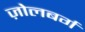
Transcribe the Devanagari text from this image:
ज़ोलबर्ग